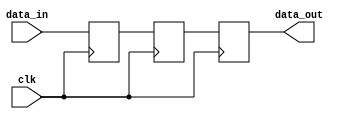
module three_flop_synchronizer (
    input wire data_in,
    input wire clk,
    output wire data_out
);

reg [2:0] flop1, flop2, flop3;

always @(posedge clk)
begin
    flop1 <= data_in;
    flop2 <= flop1;
    flop3 <= flop2;
end

assign data_out = flop3;

endmodule